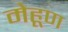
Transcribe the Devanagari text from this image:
मेहूण